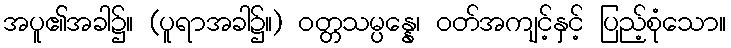
အပူ၏အခါ၌။ (ပူရာအခါ၌။) ဝတ္တသမ္ပန္နေ၊ ဝတ်အကျင့်နှင့် ပြည့်စုံသော။